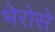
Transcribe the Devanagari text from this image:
भेरोसे